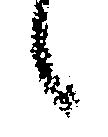
候